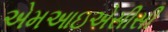
એમઆઇએસીસી